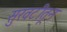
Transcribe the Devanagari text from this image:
सुरवटीतून